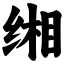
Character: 缃